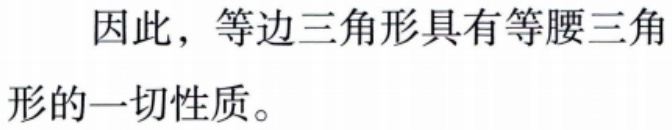
因此，等边三角形具有等腰三角形的一切性质。